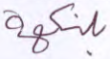
بلنكهة